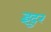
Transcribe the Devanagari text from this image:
इंदुर